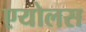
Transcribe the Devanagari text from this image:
एयोलस